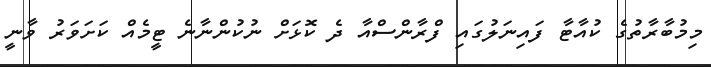
މިމުބާރާތުގެ ކުއާޓާ ފައިނަލުގައި ފްރާންސްއާ ދެ ކޮޅަށް ނުކުންނާނެ ޓީމެއް ކަށަވަރު ވާނީ